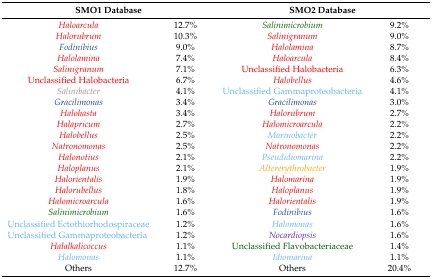
<table><thead><tr><td colspan="2"><b>SMO1 Database</b></td><td colspan="2"><b>SMO2 Database</b></td></tr></thead><tbody><tr><td>Haloarcula</td><td>12.7%</td><td>Salinimicrobium</td><td>9.2%</td></tr><tr><td>Halorubrum</td><td>10.3%</td><td>Salinigranum</td><td>9.0%</td></tr><tr><td>Fodinibius</td><td>9.0%</td><td>Halolamina</td><td>8.7%</td></tr><tr><td>Halolamina</td><td>7.4%</td><td>Haloarcula</td><td>8.4%</td></tr><tr><td>Salinigranum</td><td>7.1%</td><td>Unclassified Halobacteria</td><td>6.3%</td></tr><tr><td>Unclassified Halobacteria</td><td>6.7%</td><td>Halobellus</td><td>4.6%</td></tr><tr><td>Salinibacter</td><td>4.1%</td><td>Unclassified Gammaproteobacteria</td><td>4.1%</td></tr><tr><td>Gracilimonas</td><td>3.4%</td><td>Gracilimonas</td><td>3.0%</td></tr><tr><td>Halohasta</td><td>3.4%</td><td>Halorubrum</td><td>2.7%</td></tr><tr><td>Halapricum</td><td>2.7%</td><td>Halomicroarcula</td><td>2.2%</td></tr><tr><td>Halobellus</td><td>2.5%</td><td>Marinobacter</td><td>2.2%</td></tr><tr><td>Natronomonas</td><td>2.5%</td><td>Natronomonas</td><td>2.2%</td></tr><tr><td>Halonotius</td><td>2.1%</td><td>Pseudidiomarina</td><td>2.2%</td></tr><tr><td>Haloplanus</td><td>2.1%</td><td>Altererythrobacter</td><td>1.9%</td></tr><tr><td>Halorientalis</td><td>1.9%</td><td>Halomarina</td><td>1.9%</td></tr><tr><td>Halorubellus</td><td>1.8%</td><td>Haloplanus</td><td>1.9%</td></tr><tr><td>Halomicroarcula</td><td>1.6%</td><td>Halorientalis</td><td>1.9%</td></tr><tr><td>Salinimicrobium</td><td>1.6%</td><td>Fodinibius</td><td>1.6%</td></tr><tr><td>Unclassified Ectothiorhodospiraceae</td><td>1.2%</td><td>Halomonas</td><td>1.6%</td></tr><tr><td>Unclassified Gammaproteobacteria</td><td>1.2%</td><td>Nocardiopsis</td><td>1.6%</td></tr><tr><td>Halalkalicoccus</td><td>1.1%</td><td>Unclassified Flavobacteriaceae</td><td>1.4%</td></tr><tr><td>Halomonas</td><td>1.1%</td><td>Idiomarina</td><td>1.1%</td></tr><tr><td>Others</td><td>12.7%</td><td>Others</td><td>20.4%</td></tr></tbody></table>